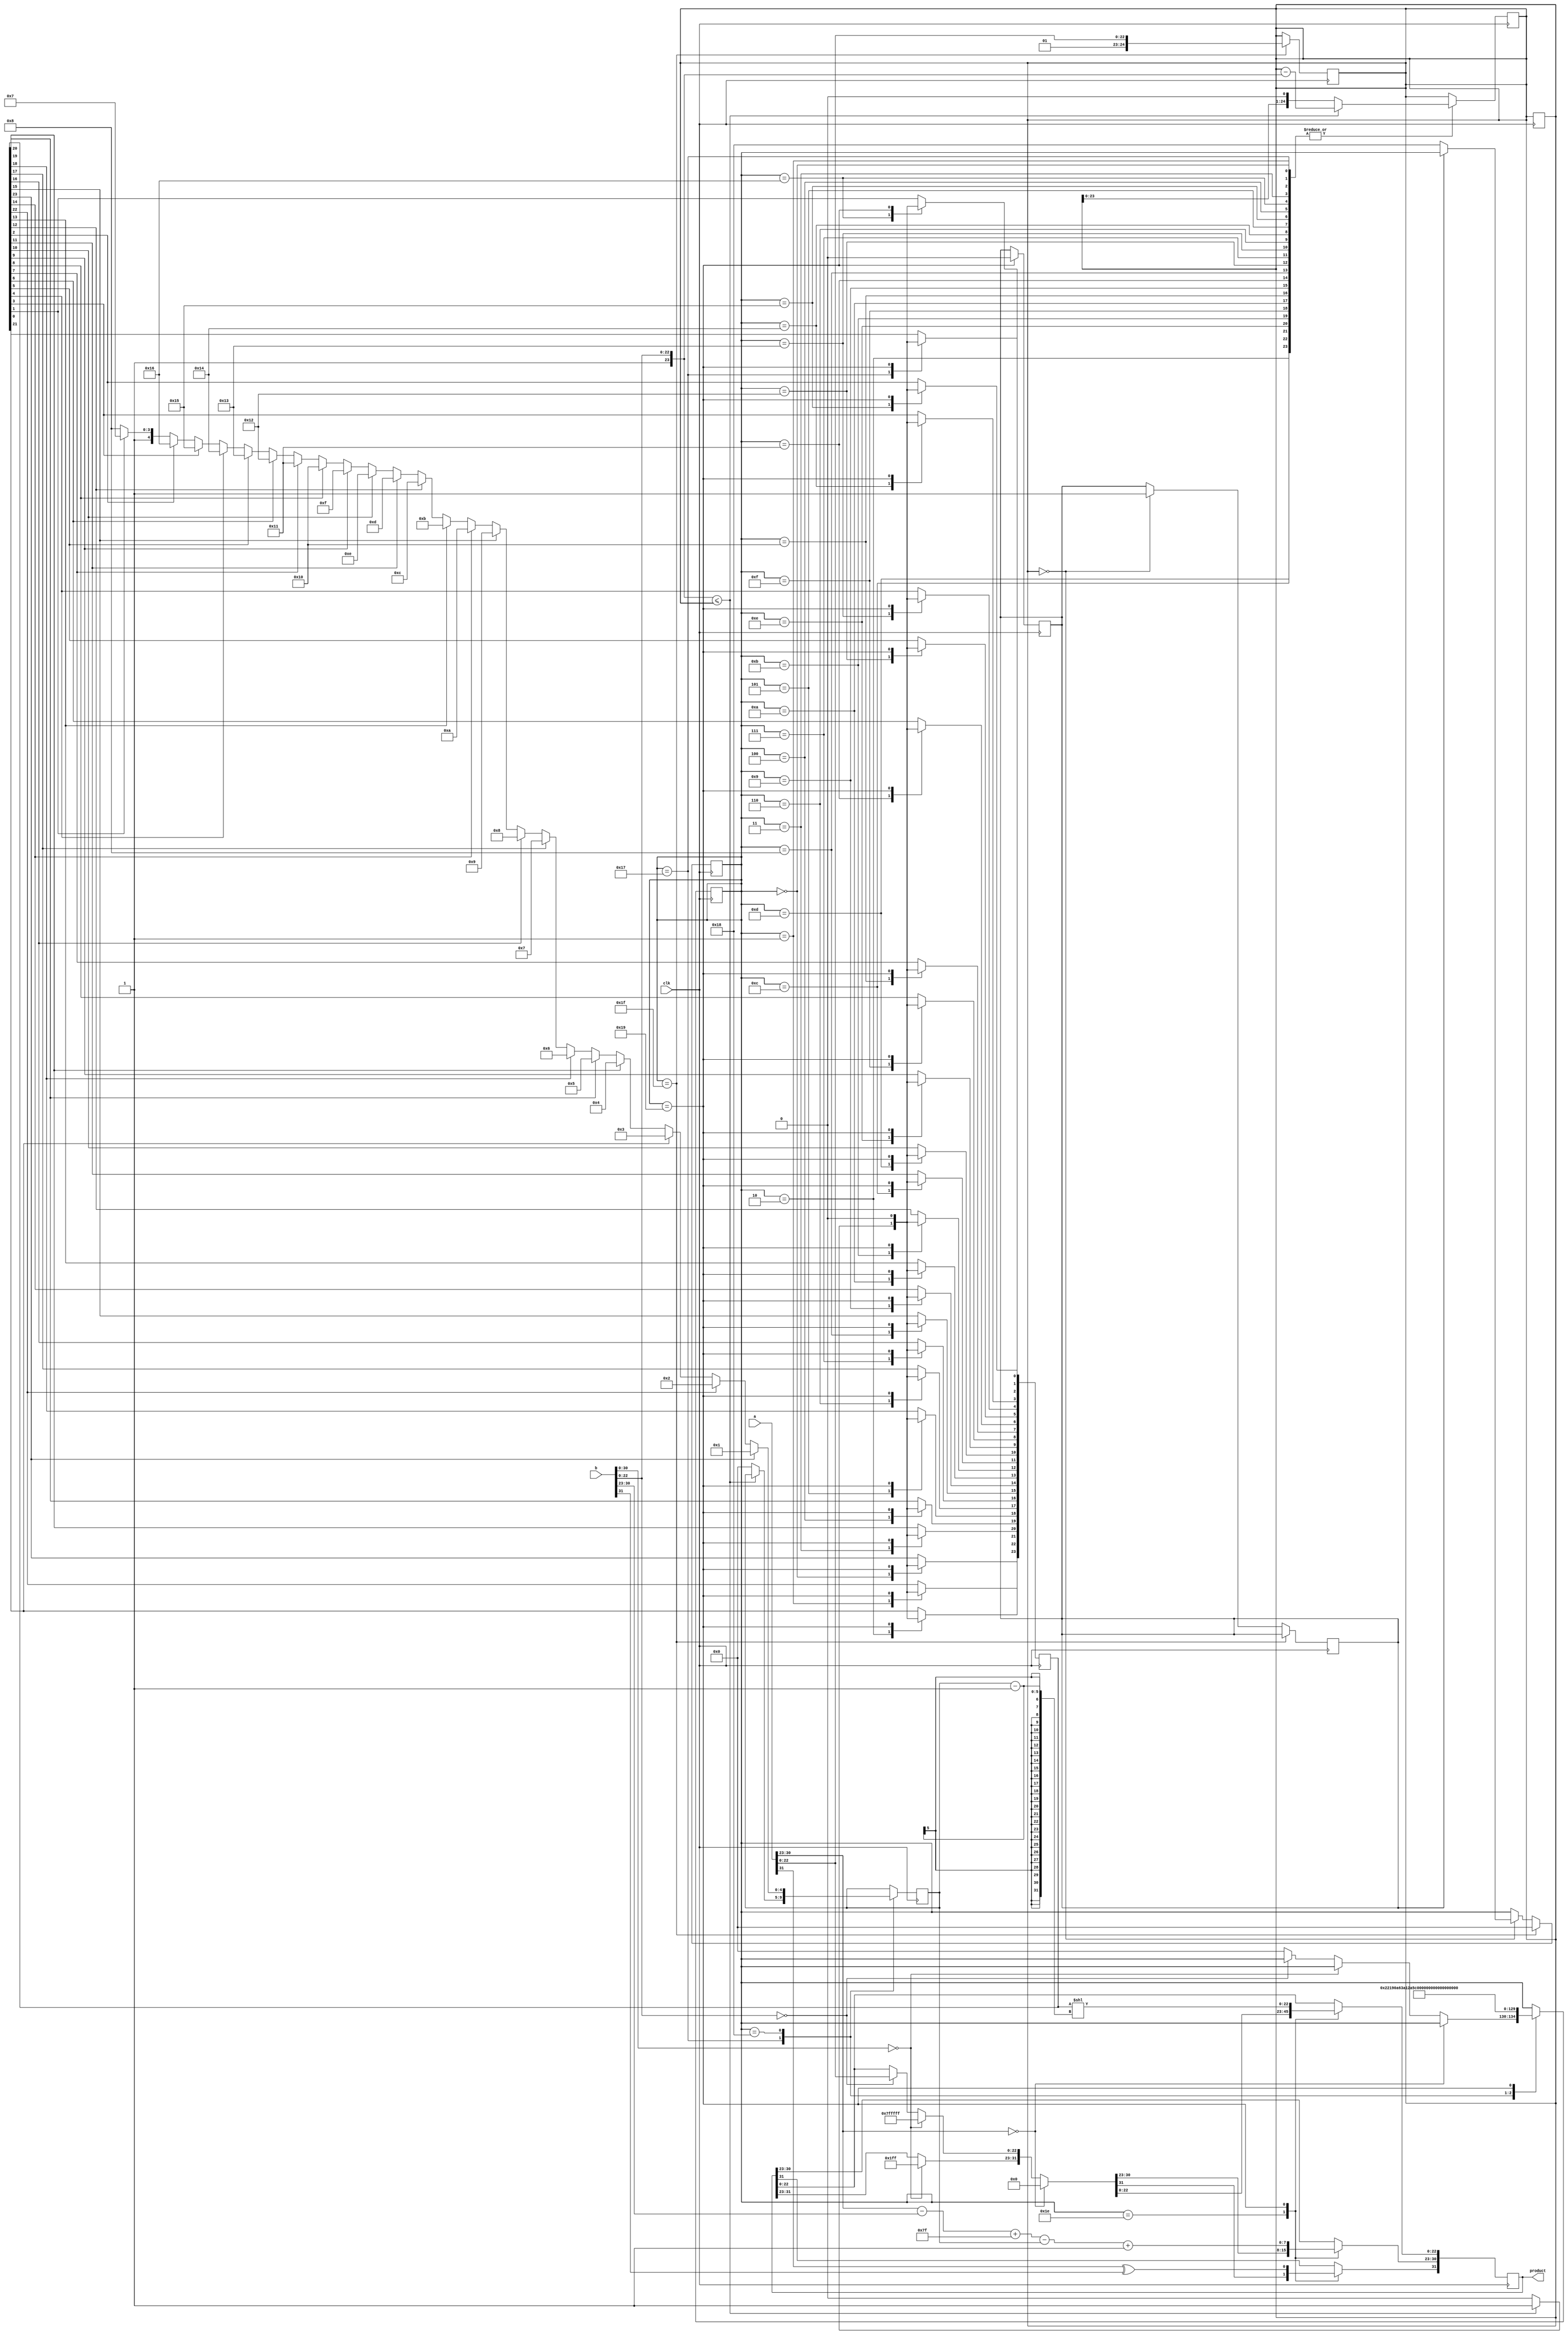
`timescale 1ns / 1ps
//////////////////////////////////////////////////////////////////////////////////
// Company: 
// Engineer: 
// 
// Design Name: 
// Module Name: divider_floating
// Project Name: 
// Target Devices: 
// Tool Versions: 
// Description: 
// 
// Dependencies: 
// 
// Revision:
// Revision 0.01 - File Created
// Additional Comments:
// 
//////////////////////////////////////////////////////////////////////////////////

module divider_floating(input clk,
input wire [31:0]a,
input wire [31:0]b,
output reg [31:0]product
);
//product=a/b
//requires 2 	clk, 1 for multiplication other for rest operations

//wire [31:0]a = 31'h40800000;  //4
//wire [31:0]b = 31'h40800000;  //4
//reg [31:0]product;

//test cases;; use only IEEE754 format single precision
//assign a = 32'h40800000;  //4
//assign b = 32'h40f8a3d7;  //7.77
//enmd test cases

wire [24:0]temp_a;//={1'b1,a[22:0]};
wire [24:0]temp_b;//={1'b1,b[22:0]};

assign temp_a={1'b0,1'b1,a[22:0]};
assign temp_b={1'b0,1'b1,b[22:0]};

//division registers
reg[23:0]qut;
reg[23:0]qut_b;
reg[24:0]remin;
//reg complete;
//initial complete =1;
reg carry_flag;
reg stop_flag;
reg [4:0]counter;
reg [4:0]shift_e;

//case
parameter c0 = 5'd0;
parameter c1 = 5'd1;
parameter c2 = 5'd2;
parameter c3 = 5'd3;
parameter c4 = 5'd4;
parameter c5 = 5'd5;
parameter c6 = 5'd6;
parameter c7 = 5'd7;
parameter c8 = 5'd8;
parameter c9 = 5'd9;
parameter c10 = 5'd10;
parameter c11 = 5'd11;
parameter c12 = 5'd12;
parameter c13 = 5'd13;
parameter c14 = 5'd14;
parameter c15 = 5'd15;
parameter c16 = 5'd16;
parameter c17 = 5'd17;
parameter c18 = 5'd18;
parameter c19 = 5'd19;
parameter c20 = 5'd20;
parameter c21 = 5'd21;
parameter c22 = 5'd22;
parameter c23 = 5'd23;
parameter c24 = 5'd24;
parameter c25 = 5'd25;
parameter c26 = 5'd26;
parameter c27 = 5'd27;
parameter c28 = 5'd28;
parameter c29 = 5'd29;
parameter c30 = 5'd30;
parameter c31 = 5'd31;
//end case define
initial counter = c31;
initial qut=0;
initial carry_flag=0;
initial stop_flag=0;

always@(negedge clk)
begin
if(counter==5'd31)
begin
counter=5'd0;
remin = {1'b0,1'b1,a[22:0]};
end
else if(remin==0)
begin
if(stop_flag==0)
begin
counter = c24;
stop_flag=1;
end
end
end

always@(negedge clk)
begin
if(carry_flag==1)
begin
remin=remin<<1;
carry_flag=0;
end
end

always@(posedge clk)
begin
case(counter)

c30:
begin
if(a[30:23]==0)
product=0;
else if(b[30:0]==0)
product=32'hffffffff;	//infinity
else if(b[22:0]==0)
product[22:0]=a[22:0];
else
counter=c0;
end

c0:
begin
if(temp_b<=remin)
begin
qut[23]=1;
remin = remin-temp_b;
carry_flag=1;
end
else
begin
qut[23]=0;
remin = remin<<1;
end
counter = c1;
end

c1:
begin
counter = c2;
if(temp_b<=remin)
begin
qut[22]=1;
remin = remin-temp_b;
carry_flag=1;
end
else
begin
qut[22]=0;
remin = remin<<1;
end
end

c2:
begin
counter = c3;
if(temp_b<=remin)
begin
qut[21]=1;
remin = remin-temp_b;
carry_flag=1;
end
else
begin
qut[21]=0;
remin = remin<<1;
end
end

c3:
begin
counter = c4;
if(temp_b<=remin)
begin
qut[20]=1;
remin = remin-temp_b;
carry_flag=1;
end
else
begin
qut[20]=0;
remin = remin<<1;
end
end

c4:
begin
counter = c5;
if(temp_b<=remin)
begin
qut[19]=1;
remin = remin-temp_b;
carry_flag=1;
end
else
begin
qut[19]=0;
remin = remin<<1;
end
end

c5:
begin
counter = c6;
if(temp_b<=remin)
begin
qut[18]=1;
remin = remin-temp_b;
carry_flag=1;
end
else
begin
qut[18]=0;
remin = remin<<1;
end
end

c6:
begin
counter = c7;
if(temp_b<=remin)
begin
qut[17]=1;
remin = remin-temp_b;
carry_flag=1;
end
else
begin
qut[17]=0;
remin = remin<<1;
end
end

c7:
begin
counter = c8;
if(temp_b<=remin)
begin
qut[16]=1;
remin = remin-temp_b;
carry_flag=1;
end
else
begin
qut[16]=0;
remin = remin<<1;
end
end

c8:
begin
counter = c9;
if(temp_b<=remin)
begin
qut[15]=1;
remin = remin-temp_b;
carry_flag=1;
end
else
begin
qut[15]=0;
remin = remin<<1;
end
end

c9:
begin
counter = c10;
if(temp_b<=remin)
begin
qut[14]=1;
remin = remin-temp_b;
carry_flag=1;
end
else
begin
qut[14]=0;
remin = remin<<1;
end
end

c10:
begin
counter = c11;
if(temp_b<=remin)
begin
qut[13]=1;
remin = remin-temp_b;
carry_flag=1;
end
else
begin
qut[13]=0;
remin = remin<<1;
end
end

c11:
begin
counter = c12;
if(temp_b<=remin)
begin
qut[12]=1;
remin = remin-temp_b;
carry_flag=1;
end
else
begin
qut[12]=0;
remin = remin<<1;
end
end

c12:
begin
counter = c13;
if(temp_b<=remin)
begin
qut[11]=1;
remin = remin-temp_b;
carry_flag=1;
end
else
begin
qut[11]=0;
remin = remin<<1;
end
end

c13:
begin
counter = c14;
if(temp_b<=remin)
begin
qut[10]=1;
remin = remin-temp_b;
carry_flag=1;
end
else
begin
qut[10]=0;
remin = remin<<1;
end
end

c14:
begin
counter = c15;
if(temp_b<=remin)
begin
qut[9]=1;
remin = remin-temp_b;
carry_flag=1;
end
else
begin
qut[9]=0;
remin = remin<<1;
end
end

c15:
begin
counter = c16;
if(temp_b<=remin)
begin
qut[8]=1;
remin = remin-temp_b;
carry_flag=1;
end
else
begin
qut[8]=0;
remin = remin<<1;
end
end

c16:
begin
counter = 5'd17;
if(temp_b<=remin)
begin
qut[7]=1;
remin = remin-temp_b;
carry_flag=1;
end
else
begin
qut[7]=0;
remin = remin<<1;
end
end

c17:
begin
counter = c18;
if(temp_b<=remin)
begin
qut[6]=1;
remin = remin-temp_b;
carry_flag=1;
end
else
begin
qut[6]=0;
remin = remin<<1;
end
end

c18:
begin
counter = c19;
if(temp_b<=remin)
begin
qut[5]=1;
remin = remin-temp_b;
carry_flag=1;
end
else
begin
qut[5]=0;
remin = remin<<1;
end
end

c19:
begin
counter = c20;
if(temp_b<=remin)
begin
qut[4]=1;
remin = remin-temp_b;
carry_flag=1;
end
else
begin
qut[4]=0;
remin = remin<<1;
end
end

c20:
begin
counter = c21;
if(temp_b<=remin)
begin
qut[3]=1;
remin = remin-temp_b;
carry_flag=1;
end
else
begin
qut[3]=0;
remin = remin<<1;
end
end

c21:
begin
counter = c22;
if(temp_b<=remin)
begin
qut[2]=1;
remin = remin-temp_b;
carry_flag=1;
end
else
begin
qut[2]=0;
remin = remin<<1;
end
end

c22:
begin
counter = c23;
if(temp_b<=remin)
begin
qut[1]=1;
remin = remin-temp_b;
carry_flag=1;
end
else
begin
qut[1]=0;
remin = remin<<1;
end
end

c23:
begin
counter = c24;
if(temp_b<=remin)
begin
qut[0]=1;
remin = remin-temp_b;
carry_flag=1;
end
else
begin
qut[0]=0;
remin = remin<<1;
//setting initial for shift_e
shift_e=0;
end
end

c24:
begin
counter=c25;
///for shift count
if(qut[23]==1)
shift_e=5'd1;
else if(qut[22]==1)
shift_e=5'd2;
else if(qut[21]==1)
shift_e=5'd3;
else if(qut[20]==1)
shift_e=5'd4;
else if(qut[19]==1)
shift_e=5'd5;
else if(qut[18]==1)
shift_e=5'd6;
else if(qut[17]==1)
shift_e=5'd7;
else if(qut[16]==1)
shift_e=5'd8;
else if(qut[15]==1)
shift_e=5'd9;
else if(qut[14]==1)
shift_e=5'd10;
else if(qut[13]==1)
shift_e=5'd11;
else if(qut[12]==1)
shift_e=5'd12;
else if(qut[11]==1)
shift_e=5'd13;
else if(qut[10]==1)
shift_e=5'd14;
else if(qut[9]==1)
shift_e=5'd15;
else if(qut[8]==1)
shift_e=5'd16;
else if(qut[7]==1)
shift_e=5'd17;
else if(qut[6]==1)
shift_e=5'd18;
else if(qut[5]==1)
shift_e=5'd19;
else if(qut[4]==1)
shift_e=5'd20;
else if(qut[3]==1)
shift_e=5'd21;
else if(qut[2]==1)
shift_e=5'd22;
else if(qut[1]==1)
shift_e=5'd23;
else
shift_e=5'd24;
//end for shift count
end

c25:
begin
product[31] = a[31]^b[31];               //sign
product[30:23] = a[30:23]-b[30:23]+127-shift_e+1; //exponents
qut_b=qut<<(shift_e-1);
product[22:0]=qut_b[22:0];
 //return reset
counter = c31;
qut=0;
carry_flag=0;
stop_flag=0;

end

endcase	//end case
end	//end psoedge clk


endmodule